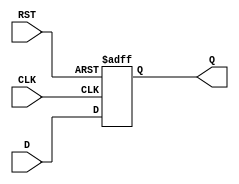
module IntermediateRegister (
    input wire [WIDTH-1:0] D,    // Data input
    input wire CLK,               // Clock input
    input wire RST,               // Reset input
    output reg [WIDTH-1:0] Q      // Data output
);
    parameter WIDTH = 8;          // Bit width of the register (modifiable)

    // Asynchronous reset behavior
    always @(posedge CLK or posedge RST) begin
        if (RST) begin
            Q <= {WIDTH{1'b0}};    // Clear the register to zero
        end else begin
            Q <= D;                // Capture the input data on clock edge
        end
    end
endmodule